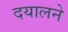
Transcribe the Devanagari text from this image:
दयालने